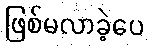
ဖြစ်မလာခဲ့ပေ